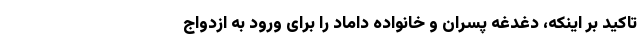
تاکید بر اینکه، دغدغه پسران و خانواده داماد را برای ورود به ازدواج